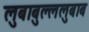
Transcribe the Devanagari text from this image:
लुबाबुल्ललुबाब